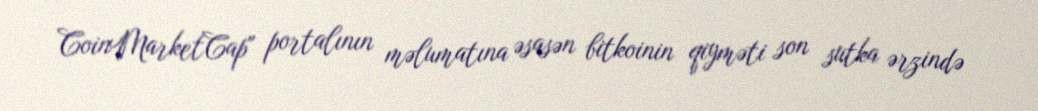
CoinMarketCap" portalının məlumatına əsasən bitkoinin qiyməti son sutka ərzində